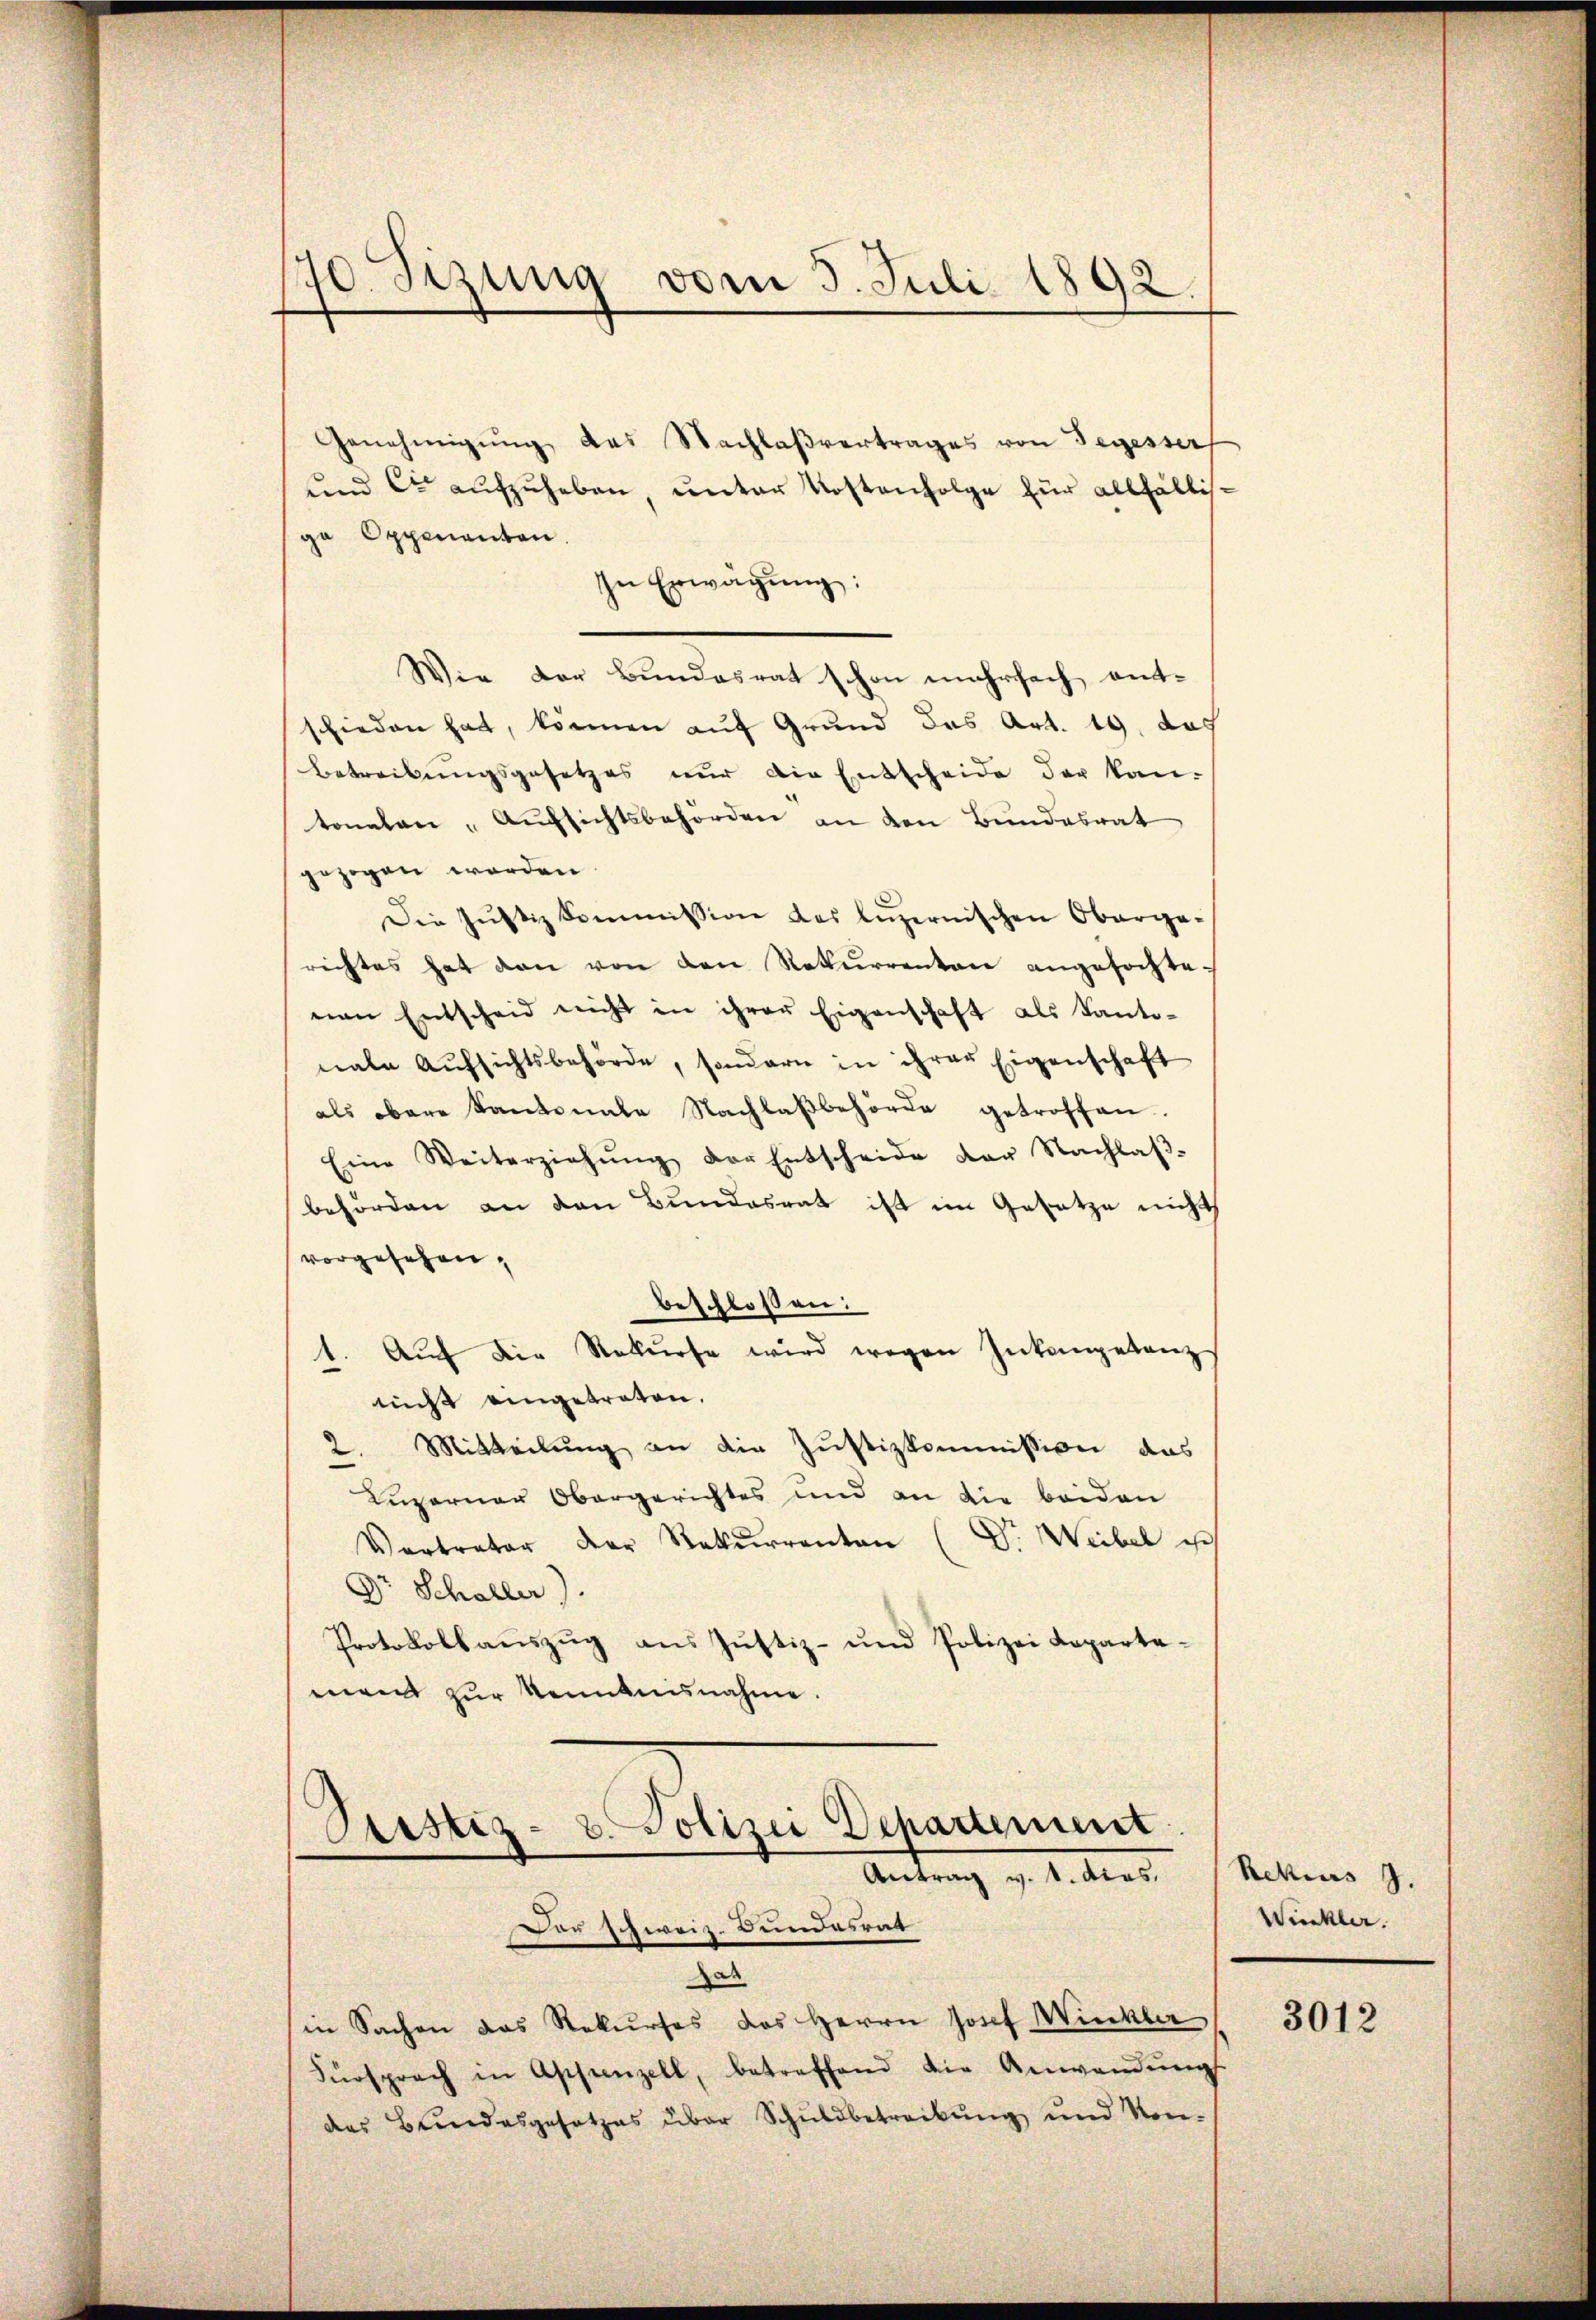
70 Sizung vom 5. Juli 1892

Genehmigŭng des Nachlaβvertrages von Segesserf
und er aufzuheben, unter Kostenfolge für allfältisja Oppenanten.
In Erwägung:
Wie der Bundesrat schon mehrfach entschieden hat, können auf Grund das Art. 19. das
Betreibungsgesetzes nur die Entscheide der kan-
tonalen - Aufsichtsbehörden an den Bundesrat
gezogen worden.
Die Justiz Commission des luzernischen Oberge-
richtes hat dann von den Rekurrenten angefochte-
nen Entscheid nicht in ihrer Eigenschaft als Kanto-
nale Aŭfsichtsbehörde, sondern in ihrer Eigenschaft
als obere Kantonale Nachlaβbehörde getroffen.
Eine Weiterziehŭng der Entscheide der Nachlaβ-
behörden an den Bundesrat ist im Gesetze nicht
vorgesehen,
beschlossen:
1. Auf die Rekurse wird wegen Inkonpetanz
nicht eingetreten.
 Mitteilung an die Justizkommission das
Luzerner Obergerichtes und an die beiden
Vertrator der Rekurrenten (D. Weibel ist
Dr. Schaller).
Protokollauszug aus Justiz- und Polizei Repartement zur Kenntnisnahme.
Pristiz- u. Polizei Departement
Antrag v. 1. dies. (Rezius 9.
Der schweiz. Bundesrat
as
in Sachen das Rekurses des Herrn Josef Winkler
Fürsprach in Appenzell, betreffend die Anwendŭng
des Bundesgesetzes über Schuldbetreibŭng und Kon-

Winkler.

3012